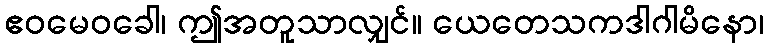
ဧဝမေဝခေါ၊ ဤအတူသာလျှင်။ ယေတေသကဒါဂါမိနော၊